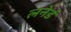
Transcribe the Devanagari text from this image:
लनेर्ड